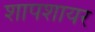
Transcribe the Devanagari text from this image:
शापशायर